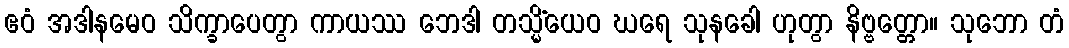
ဧဝံ အဒါနမေဝ သိက္ခာပေတွာ ကာယဿ ဘေဒါ တသ္မိံယေဝ ဃရေ သုနခေါ ဟုတွာ နိဗ္ဗတ္တော။ သုဘော တံ